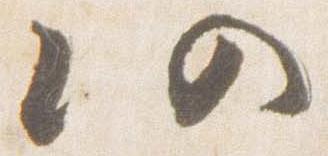
仍